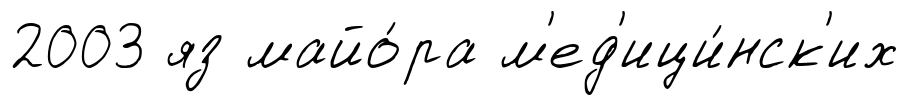
2003 яз майо́ра м'ед'ици́нск'их